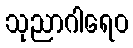
သုညာဂါရေဝ